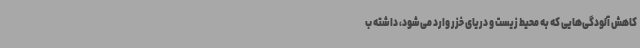
کاهش آلودگی‌هایی که به محیط زیست و دریای خزر وارد می‌شود، داشته ب